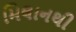
મિલાનથી